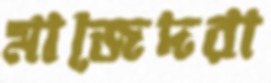
মাজেদরা